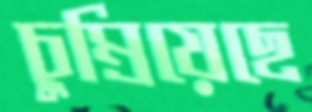
চুম্‌রিয়েছে